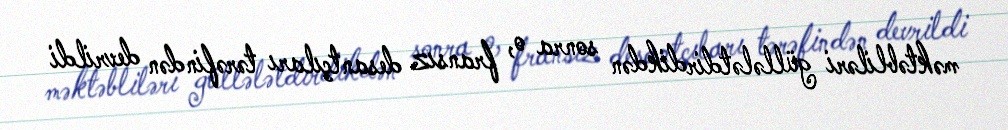
məktəbliləri güllələtdirdikdən sonra o, fransız desantçıları tərəfindən devrildi